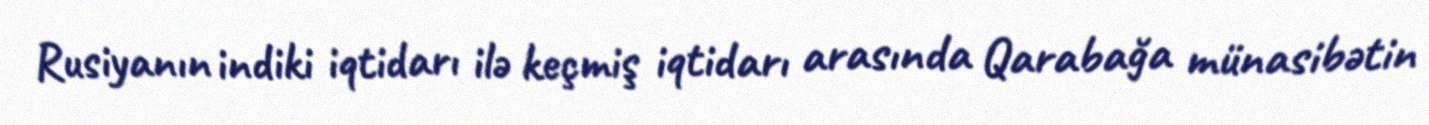
Rusiyanın indiki iqtidarı ilə keçmiş iqtidarı arasında Qarabağa münasibətin